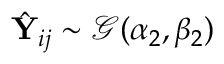
\hat { \mathbf Y } _ { i j } \sim \mathcal G ( \alpha _ { 2 } , \beta _ { 2 } )